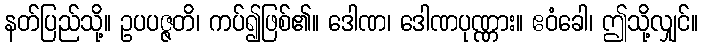
နတ်ပြည်သို့။ ဥပပဇ္ဇတိ၊ ကပ်၍ဖြစ်၏။ ဒေါဏ၊ ဒေါဏပုဏ္ဏား။ ဧဝံခေါ၊ ဤသို့လျှင်။